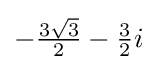
-{\tfrac {3{\sqrt {3}}}{2}}-{\tfrac {3}{2}}i